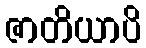
ဇာတိယာပိ